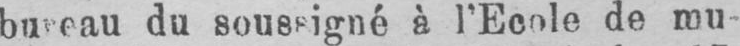
du soussigné à l’Ecole de mu